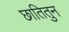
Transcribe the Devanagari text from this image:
छातितुन